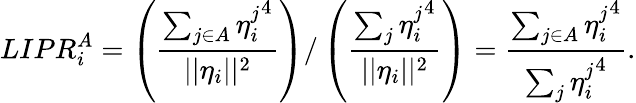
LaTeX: LIPR_{i}^{A}=\left(\frac{\sum_{j\in A}{\eta_{i}^{j}}^{4}}{||\eta_{i}||^{2}}\right)/\left(\frac{\sum_{j}{\eta_{i}^{j}}^{4}}{||\eta_{i}||^{2}}\right)=\frac{\sum_{j\in A}{\eta_{i}^{j}}^{4}}{\sum_{j}{\eta_{i}^{j}}^{4}}.